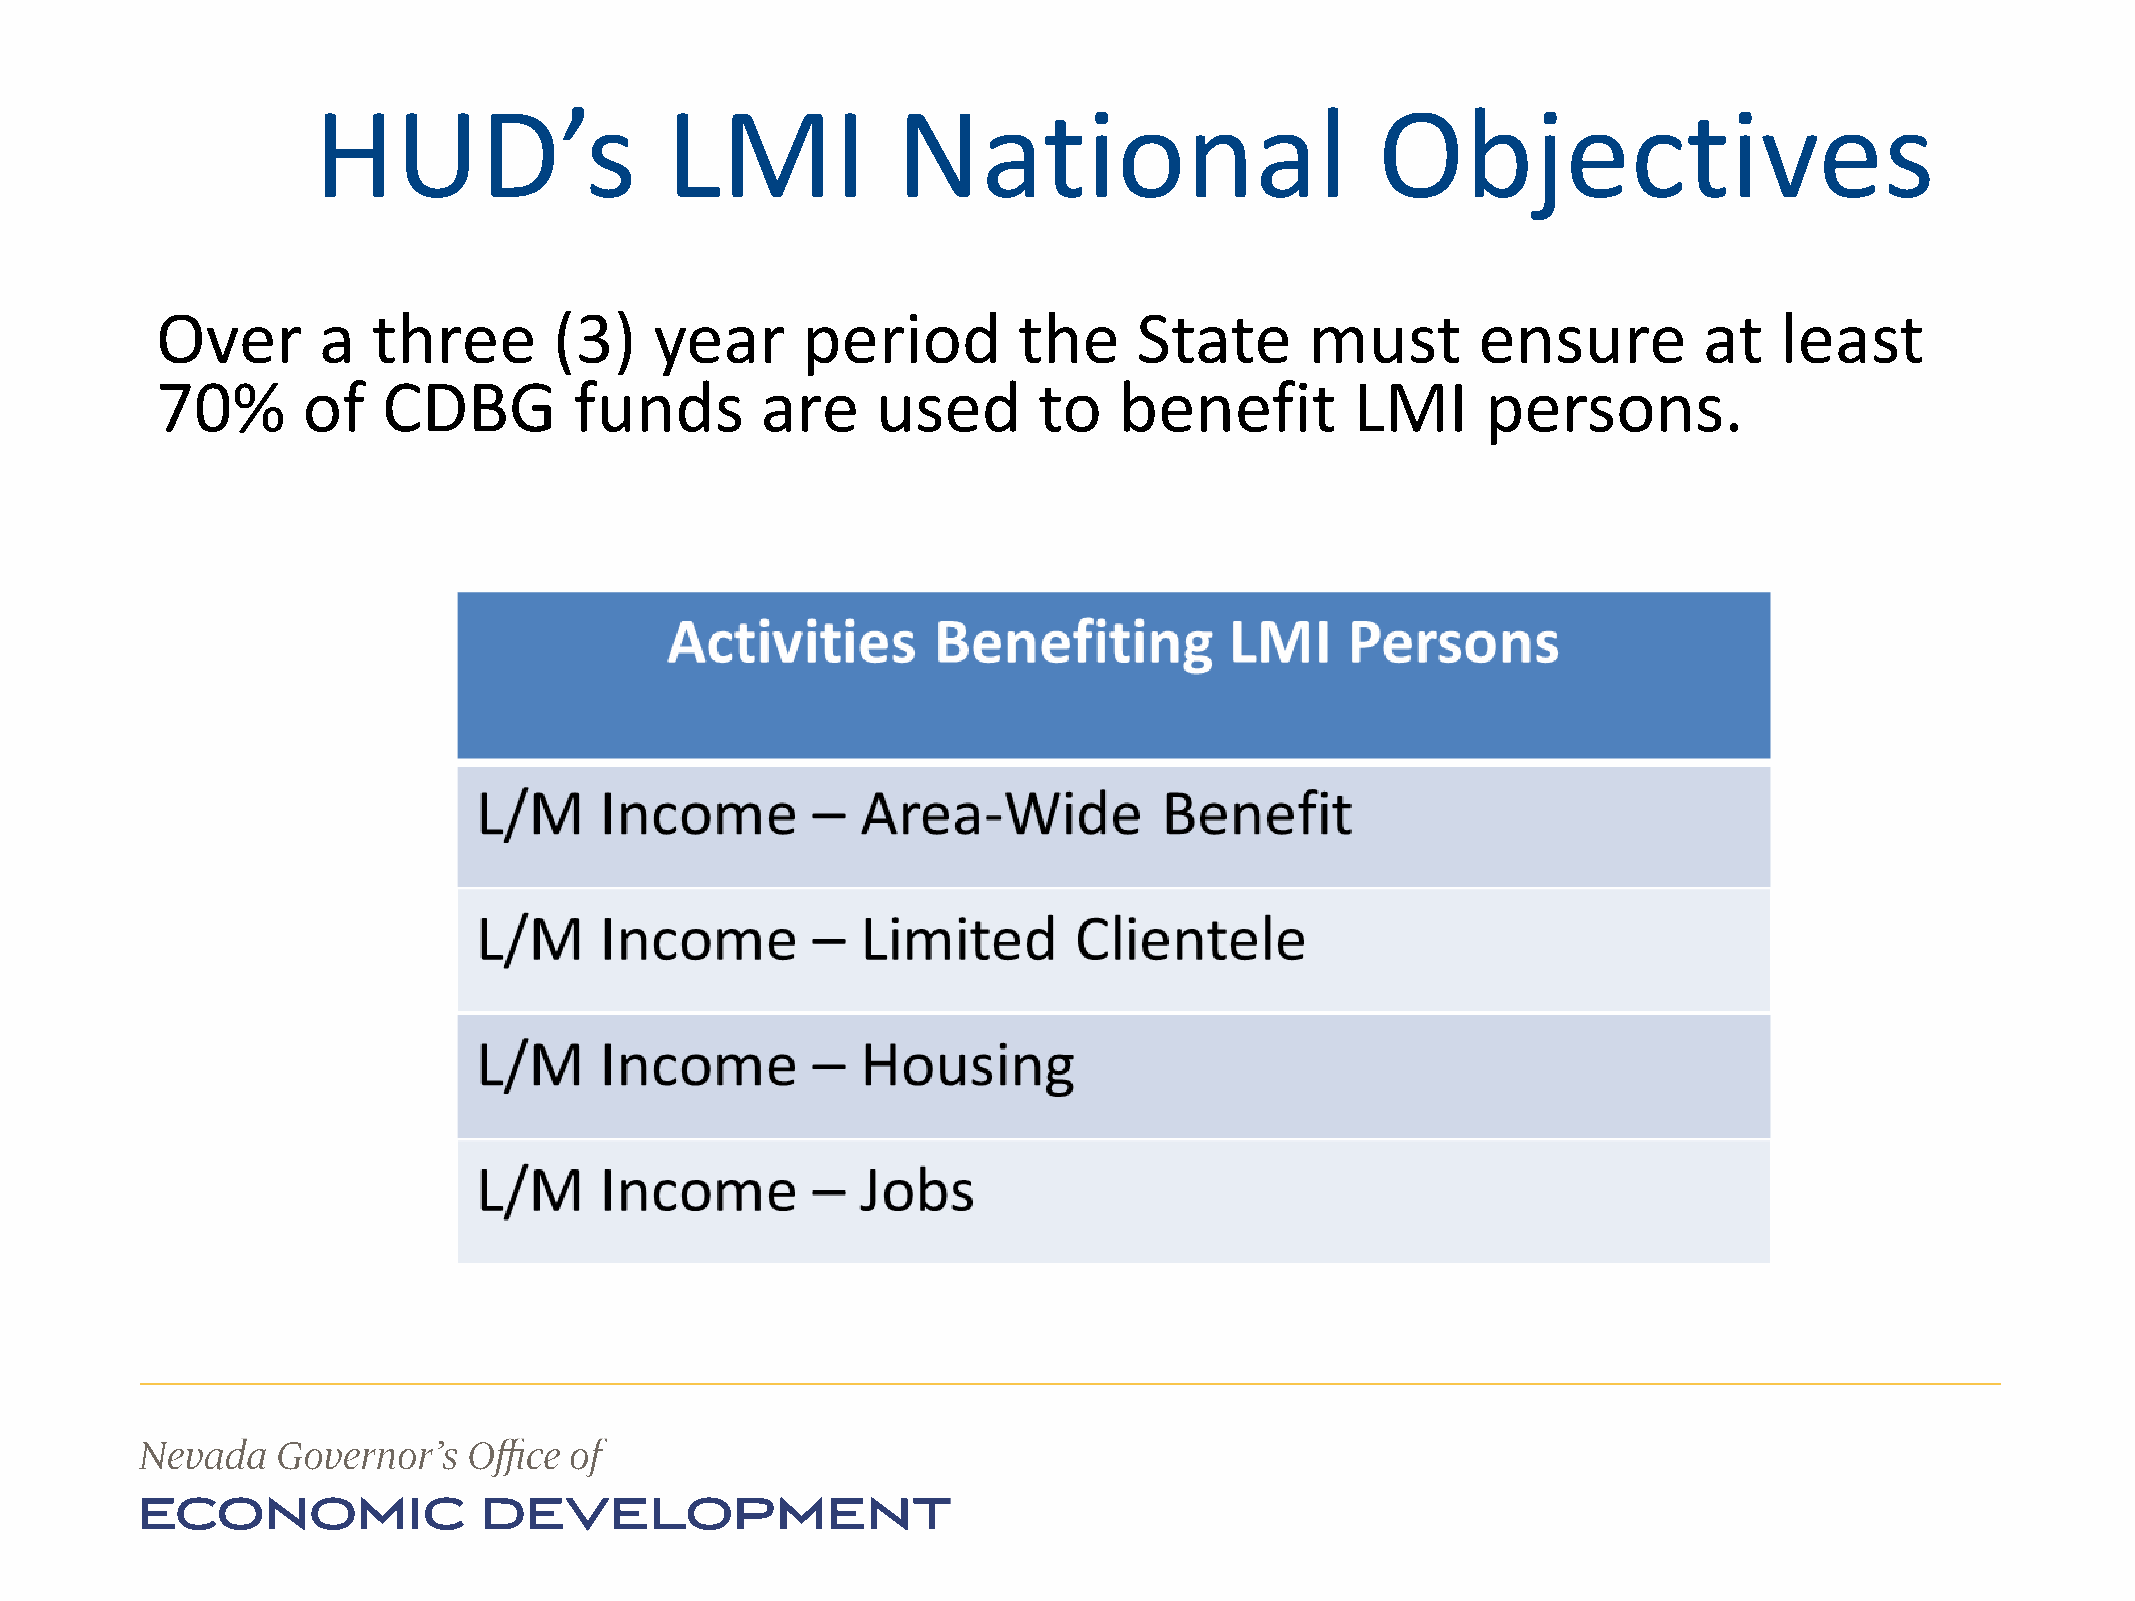
HUD’s                  LMI            National                        Objectives
 Over       a   three       (3)   year      period        the     State       must       ensure         at   least
 70%       of   CDBG         funds       are     used       to   benefit         LMI     persons.